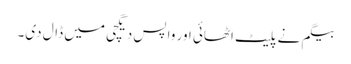
بیگم نے پلیٹ اٹھائی اور واپس دیگچی میں ڈال دی۔